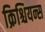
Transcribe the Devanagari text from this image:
क्रिश्चियन्स